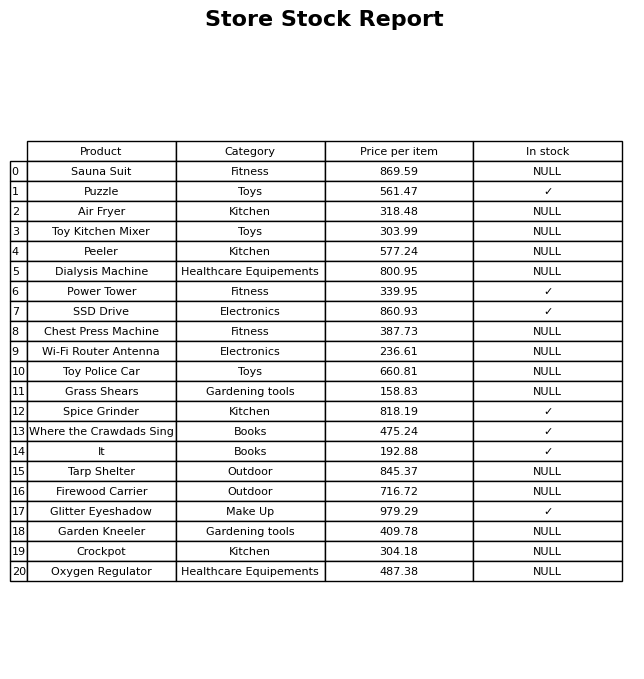
question: What is the price of the Toy Police Car?
answer: The price of Toy Police Car is 660.81.